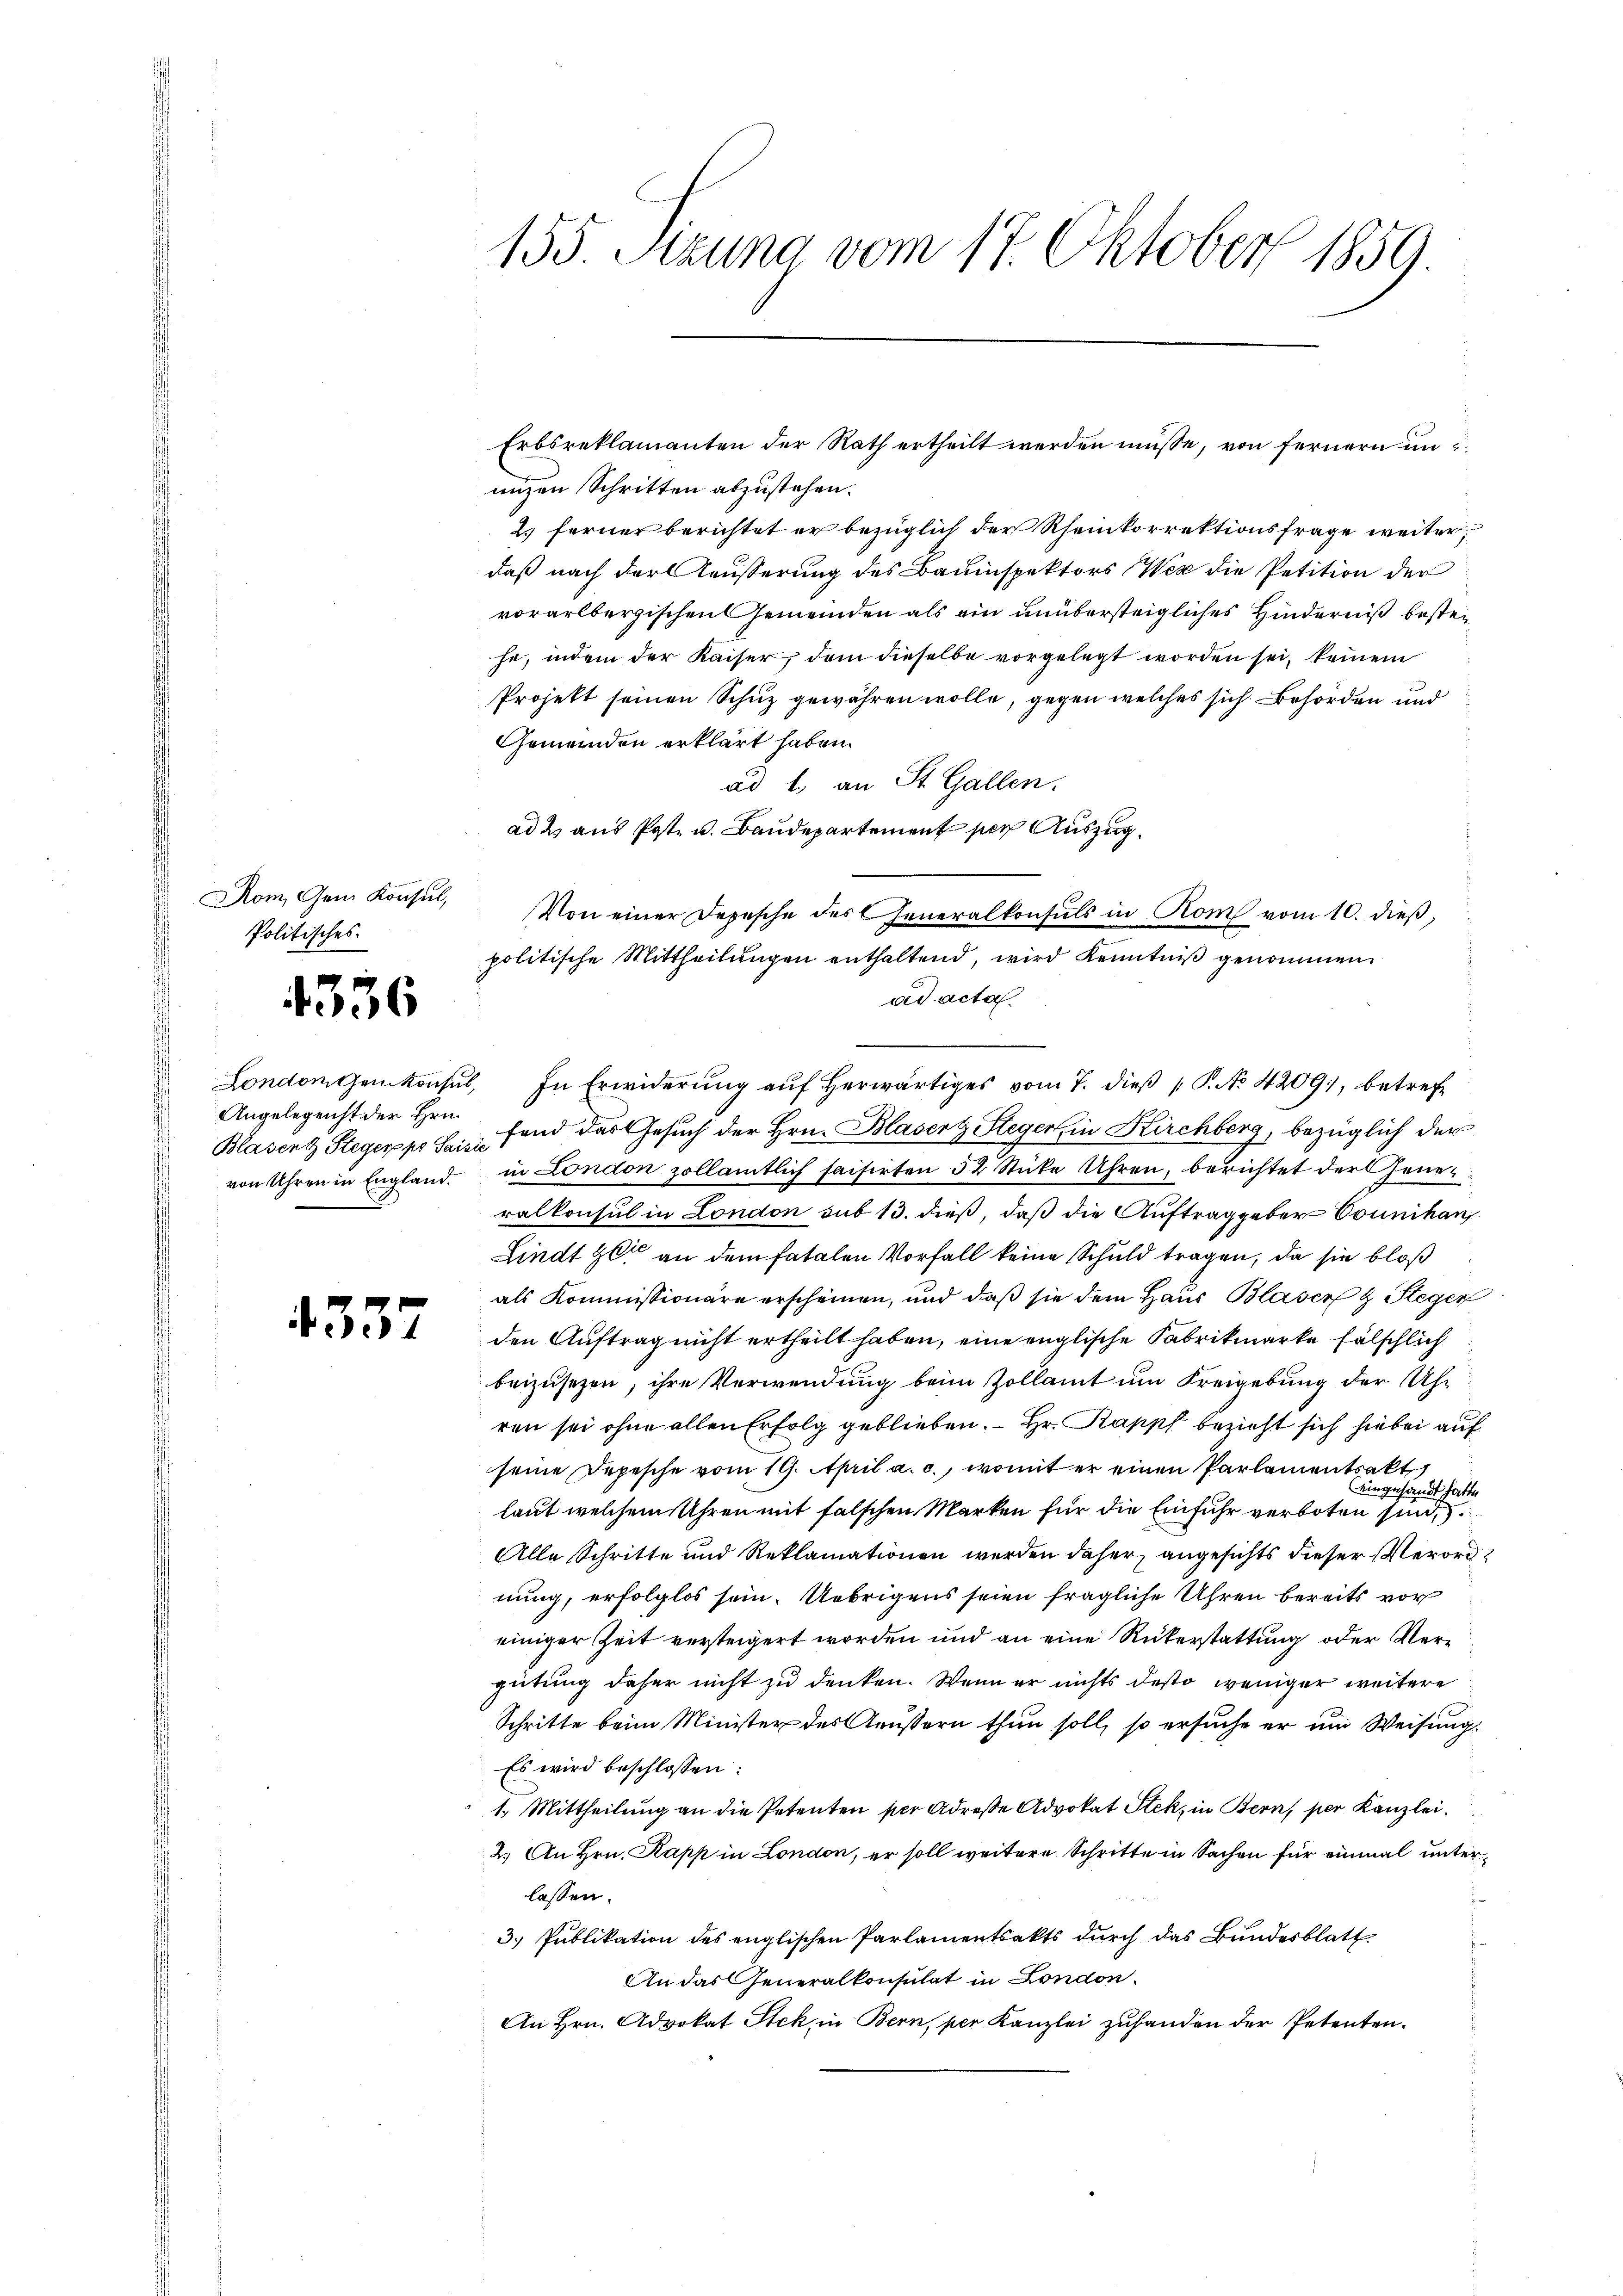
Rom, Gem. Konsul,
Politisches.

4336

Londonigen konsul,
Angelegenst der Hrn.
Blasenz Steger po Saisir
von Uhren in England.

4357

155 Stzung vom 17. Oktober 1859

unzen Schritten abzustehen.
2) ferner berichtet er bezüglich der Rheinkorrektionsfrage weiter
daß nach der Aeusserung des Bauinspektors Wer die Petition der
vorarlbergischen Gemeinden als ein unübersteigliches Hinderniß bestei
he, indem der Kaiser, dem dieselbe vorgelegt worden sei, keinem
Projekt seinen Schuz gewähren wolle, gegen welches sich Behörden und
Gemeinden erklärt haben.
ad 1. an St. Gallen.
ad 2. aus Post- u. Baudepartement ser Auszug
Von einer Depesche des Generalkonsuls in Rom vom 10. dieß,
politische Mittheilungen enthaltend, wird Kenntniß genommen
ad acta
In Erwiderung aŭf herwärtiges vom 7. dieβ P. No 4209), betreffand das Gesuch der Hrn. Blasert Steger in Kirchberg, bezüglich der
in London zollämtlich saisirten 32 Stücke Uhren, berichtet der jene
ralkonsul in London sub 13. dieß, daß die Auftraggeber Counikan
Lindt er an dem fatalen Vorfall keine Schuld tragen, da sie bloß
als Kommissionäre erscheinen, und daß sie dem Haus Blaser & Steger
den Auftrag nicht ertheilt haben, eine englische Fabrikmarke fälschlich
beizusezen, ihre Verwendung beim Zollamt um Freigebung der Uhr
ren sei ohne allen Erfolg geblieben.  Hr. Pappf bezieht sich hiebei auf
seine Depesche vom 19. April a. c., womit er einen Parlamentsakt
eingesandt hatte
laut welchem Uhren mit falschen Marken für die Einfuhr verboten sind,
Alle Schritte und Reklamationen werden daher, angesichts dieser Verordnung, erfolglos sein. Uebrigens seien fragliche Uhren bereits vor
einiger Zeit versteigert worden und an eine Rükerstattung oder Vergütung daher nicht zu denken. Wenn er nichts desto weniger weitere
Schritte beim Minister des Aeussern thun soll, so ersuche er um Weisung.
Es wird beschlossen:
1.) Mittheilung an die Petenten per Adresse Advokat Stek, in Bern, per Kanzlei.
2.) An Hrn. Kapp in London, er soll weitere Schritte in Sachen für einmal unterlassen.
3. Publikation des englischen Parlamentsakts durch das Bundesblatt
An das Generalkonsulat in London.
An Hrn. Advokat Stek, in Bern, per Kanzlei zuhanden der Petenten.

Erbsreklamanten der Rath ertheilt werden müsse, von fernern un